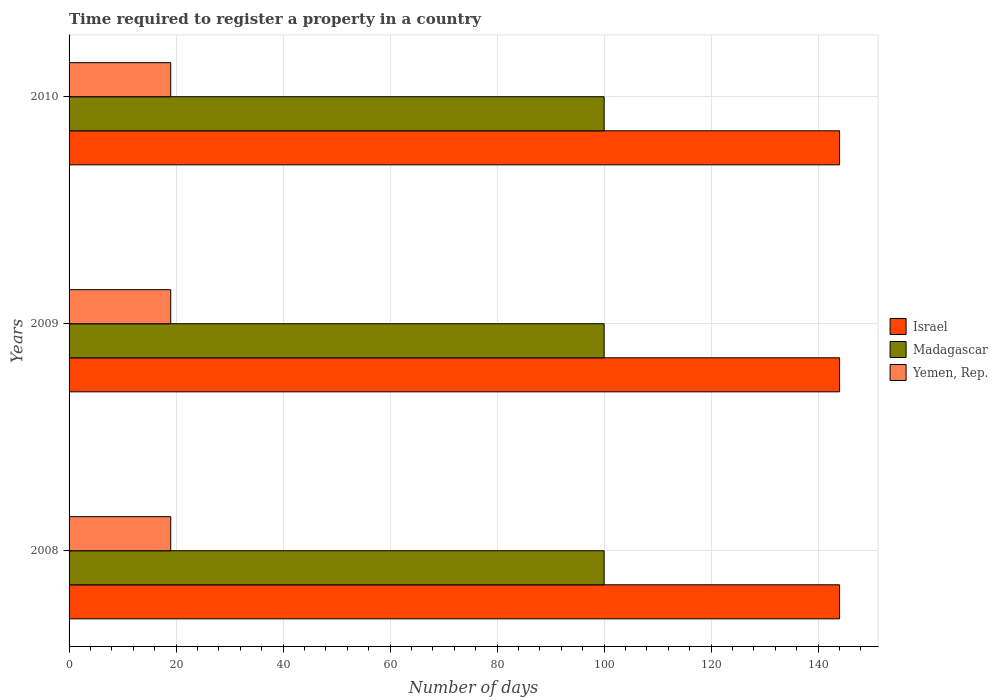
| Years | Israel | Madagascar | Yemen, Rep. |
 | --- | --- | --- | --- |
 | 2008 | 144 | 100 | 19 |
 | 2009 | 144 | 100 | 19 |
 | 2010 | 144 | 100 | 19 |